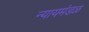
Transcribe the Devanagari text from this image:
न्यायमंडळ